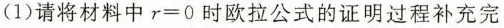
(1)请将材料中$$r = 0$$时欧拉公式的证明过程补充完